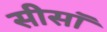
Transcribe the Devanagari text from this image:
सीसॉ